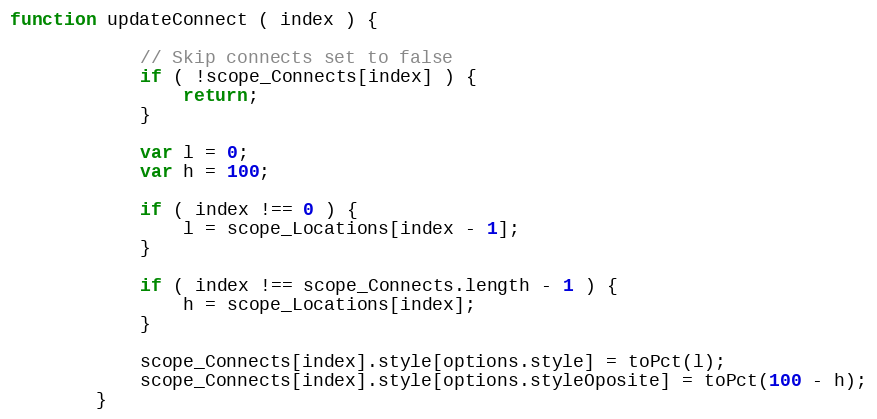
Language: JavaScript
function updateConnect ( index ) {

            // Skip connects set to false
            if ( !scope_Connects[index] ) {
                return;
            }

            var l = 0;
            var h = 100;

            if ( index !== 0 ) {
                l = scope_Locations[index - 1];
            }

            if ( index !== scope_Connects.length - 1 ) {
                h = scope_Locations[index];
            }

            scope_Connects[index].style[options.style] = toPct(l);
            scope_Connects[index].style[options.styleOposite] = toPct(100 - h);
        }